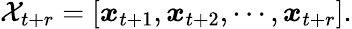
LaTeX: \mathcal X_{t+r}=\left[\begin{array}{l}{\boldsymbol x_{t+1},\boldsymbol x_{t+2},\cdots,\boldsymbol x_{t+r}}\end{array}\right].